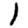
Digit: 1